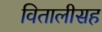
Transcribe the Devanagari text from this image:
वितालीसह